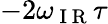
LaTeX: -2\omega_{\mathrm{~I~R~}}\tau